Lunatic asylums in Bengal annual reports 1912-1924 - 1912-1924
Year: 1912
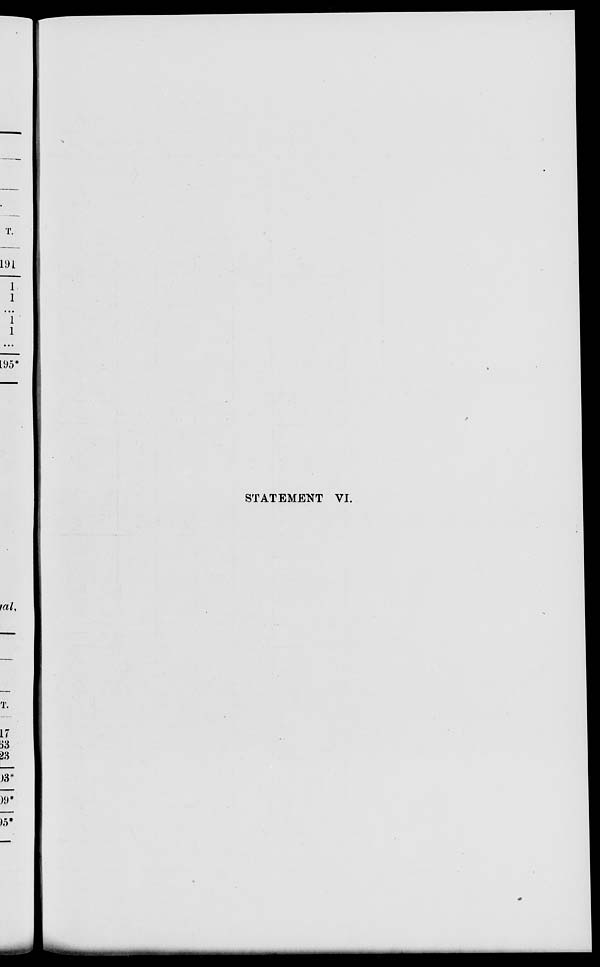
STATEMENT VI.